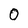
Character: 0